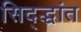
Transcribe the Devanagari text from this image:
सिद्द्धांत